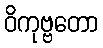
ဝိကုဗ္ဗတော